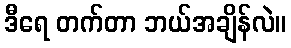
ဒီရေ တက်တာ ဘယ်အချိန်လဲ။